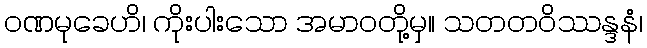
ဝဏမုခေဟိ၊ ကိုးပါးသော အမာဝတို့မှ။ သတတဝိဿန္ဒနံ၊